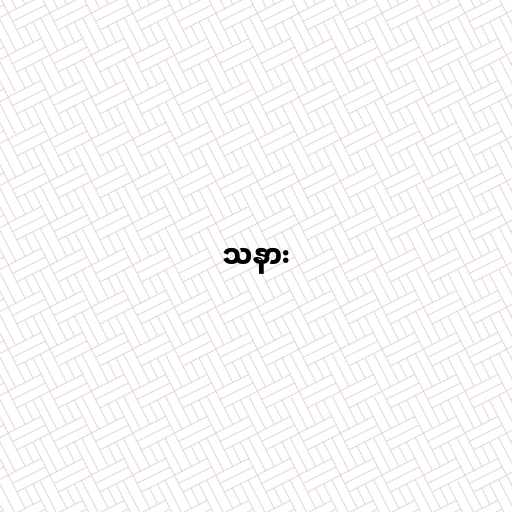
သနား